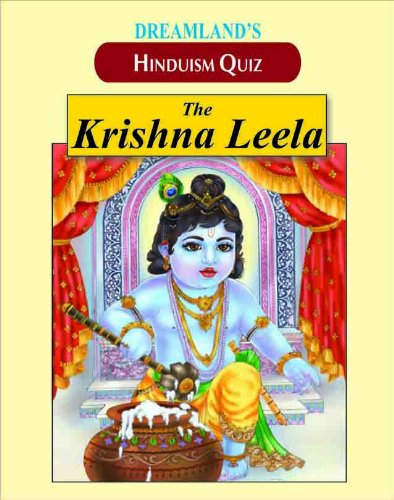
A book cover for Krishna Leela (Hindusim Quiz); Compiled by S.P. Singh; Children's Books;